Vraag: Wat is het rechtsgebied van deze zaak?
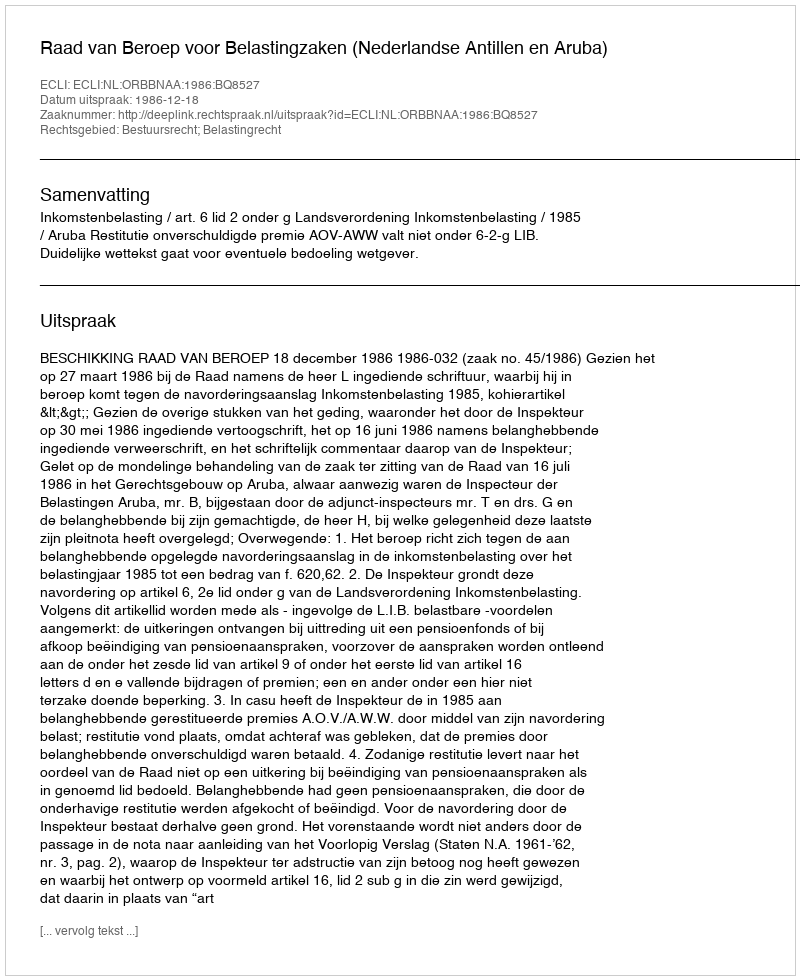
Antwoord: Bestuursrecht; Belastingrecht